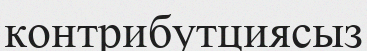
контрибутциясыз